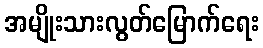
အမျိုးသားလွတ်မြောက်ရေး